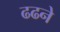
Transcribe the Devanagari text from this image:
ढढने